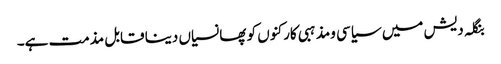
بنگلہ دیش میں سیاسی ومذہبی کارکنوں کو پھانسیاں دینا قابل مذمت ہے۔